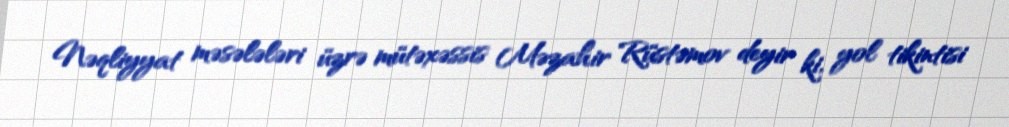
Nəqliyyat məsələləri üzrə mütəxəssis Məzahir Rüstəmov deyir ki, yol tikintisi